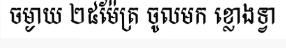
ចម្ងាយ ២៥ម៉ែត្រ ចូលមក ខ្លោងទ្វា